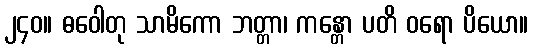
၂၄၀။ ဓဝေါတု သာမိကော ဘတ္တာ၊ ကန္တော ပတိ ဝရော ပိယော။